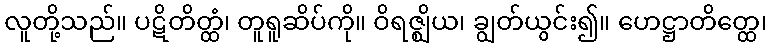
လူတို့သည်။ ပဋိတိတ္ထံ၊ တူရူဆိပ်ကို။ ဝိရဇ္ဈိယ၊ ချွတ်ယွင်း၍။ ဟေဋ္ဌာတိတ္ထေ၊